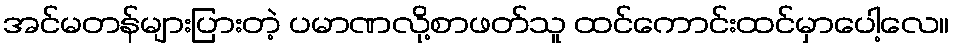
အင်မတန်များပြားတဲ့ ပမာဏလို့စာဖတ်သူ ထင်ကောင်းထင်မှာပေါ့လေ။